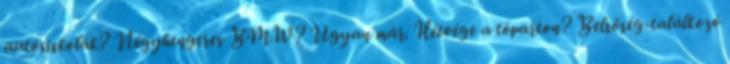
autósiskolák? Négyhengeres BMW? Ugyan már. Hétvége a tóparton? Belsőség-találkozó